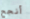
أنجح